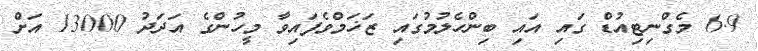
6.9 މެގްނިޓިއުޑް ގައި އައި ބިންހެލުމުގައި ޒަޚަމްވެފައިވާ މީހުންގެ އަދަދު 13000 އަށް